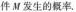
件M发生的概率.